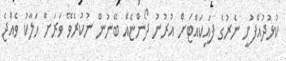
ކުޅުދުއްފުށީ ނެރުގެ ފައިކައްޓަށް އުރުނު ދޯންޏެއް ބޭނުން ނުކުރެވޭ ވަރަށް ހަލާކު ވެއްޖެ